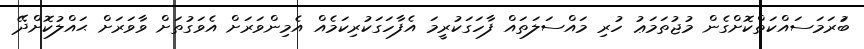
ބުަރަމަސައްކަތްކޮށްގެން މުޖުތަމަޢު ހުރި މައްސަލަތައް ފާހަގަކުރީމަ އެފާހަގަކުރިކަމެއް އެމިންވަރަށް އެވަގުތަށް ވާވަރަށް ޙައްލުކޮށްދޭ